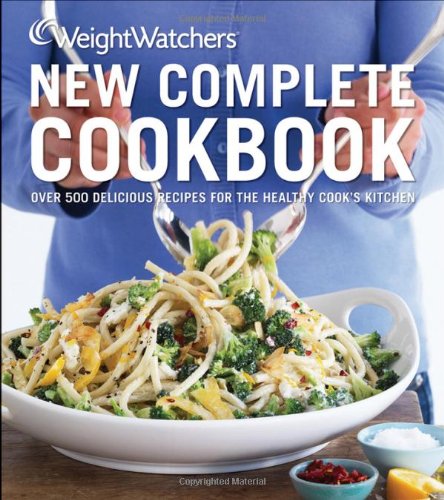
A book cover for Weight Watchers New Complete Cookbook, Fourth Edition; Weight Watchers; Cookbooks, Food & Wine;